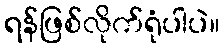
ရန်ဖြစ်လိုက်ရုံပါပဲ။